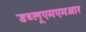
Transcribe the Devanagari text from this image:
डब्लूएमएमआर